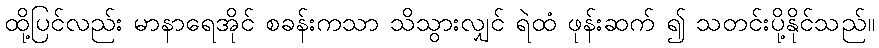
ထို့ပြင်လည်း မာနာရေအိုင် စခန်းကသာ သိသွားလျှင် ရဲထံ ဖုန်းဆက် ၍ သတင်းပို့နိုင်သည်။